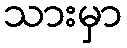
သားမှာ